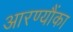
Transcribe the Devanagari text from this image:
आरण्यौंका